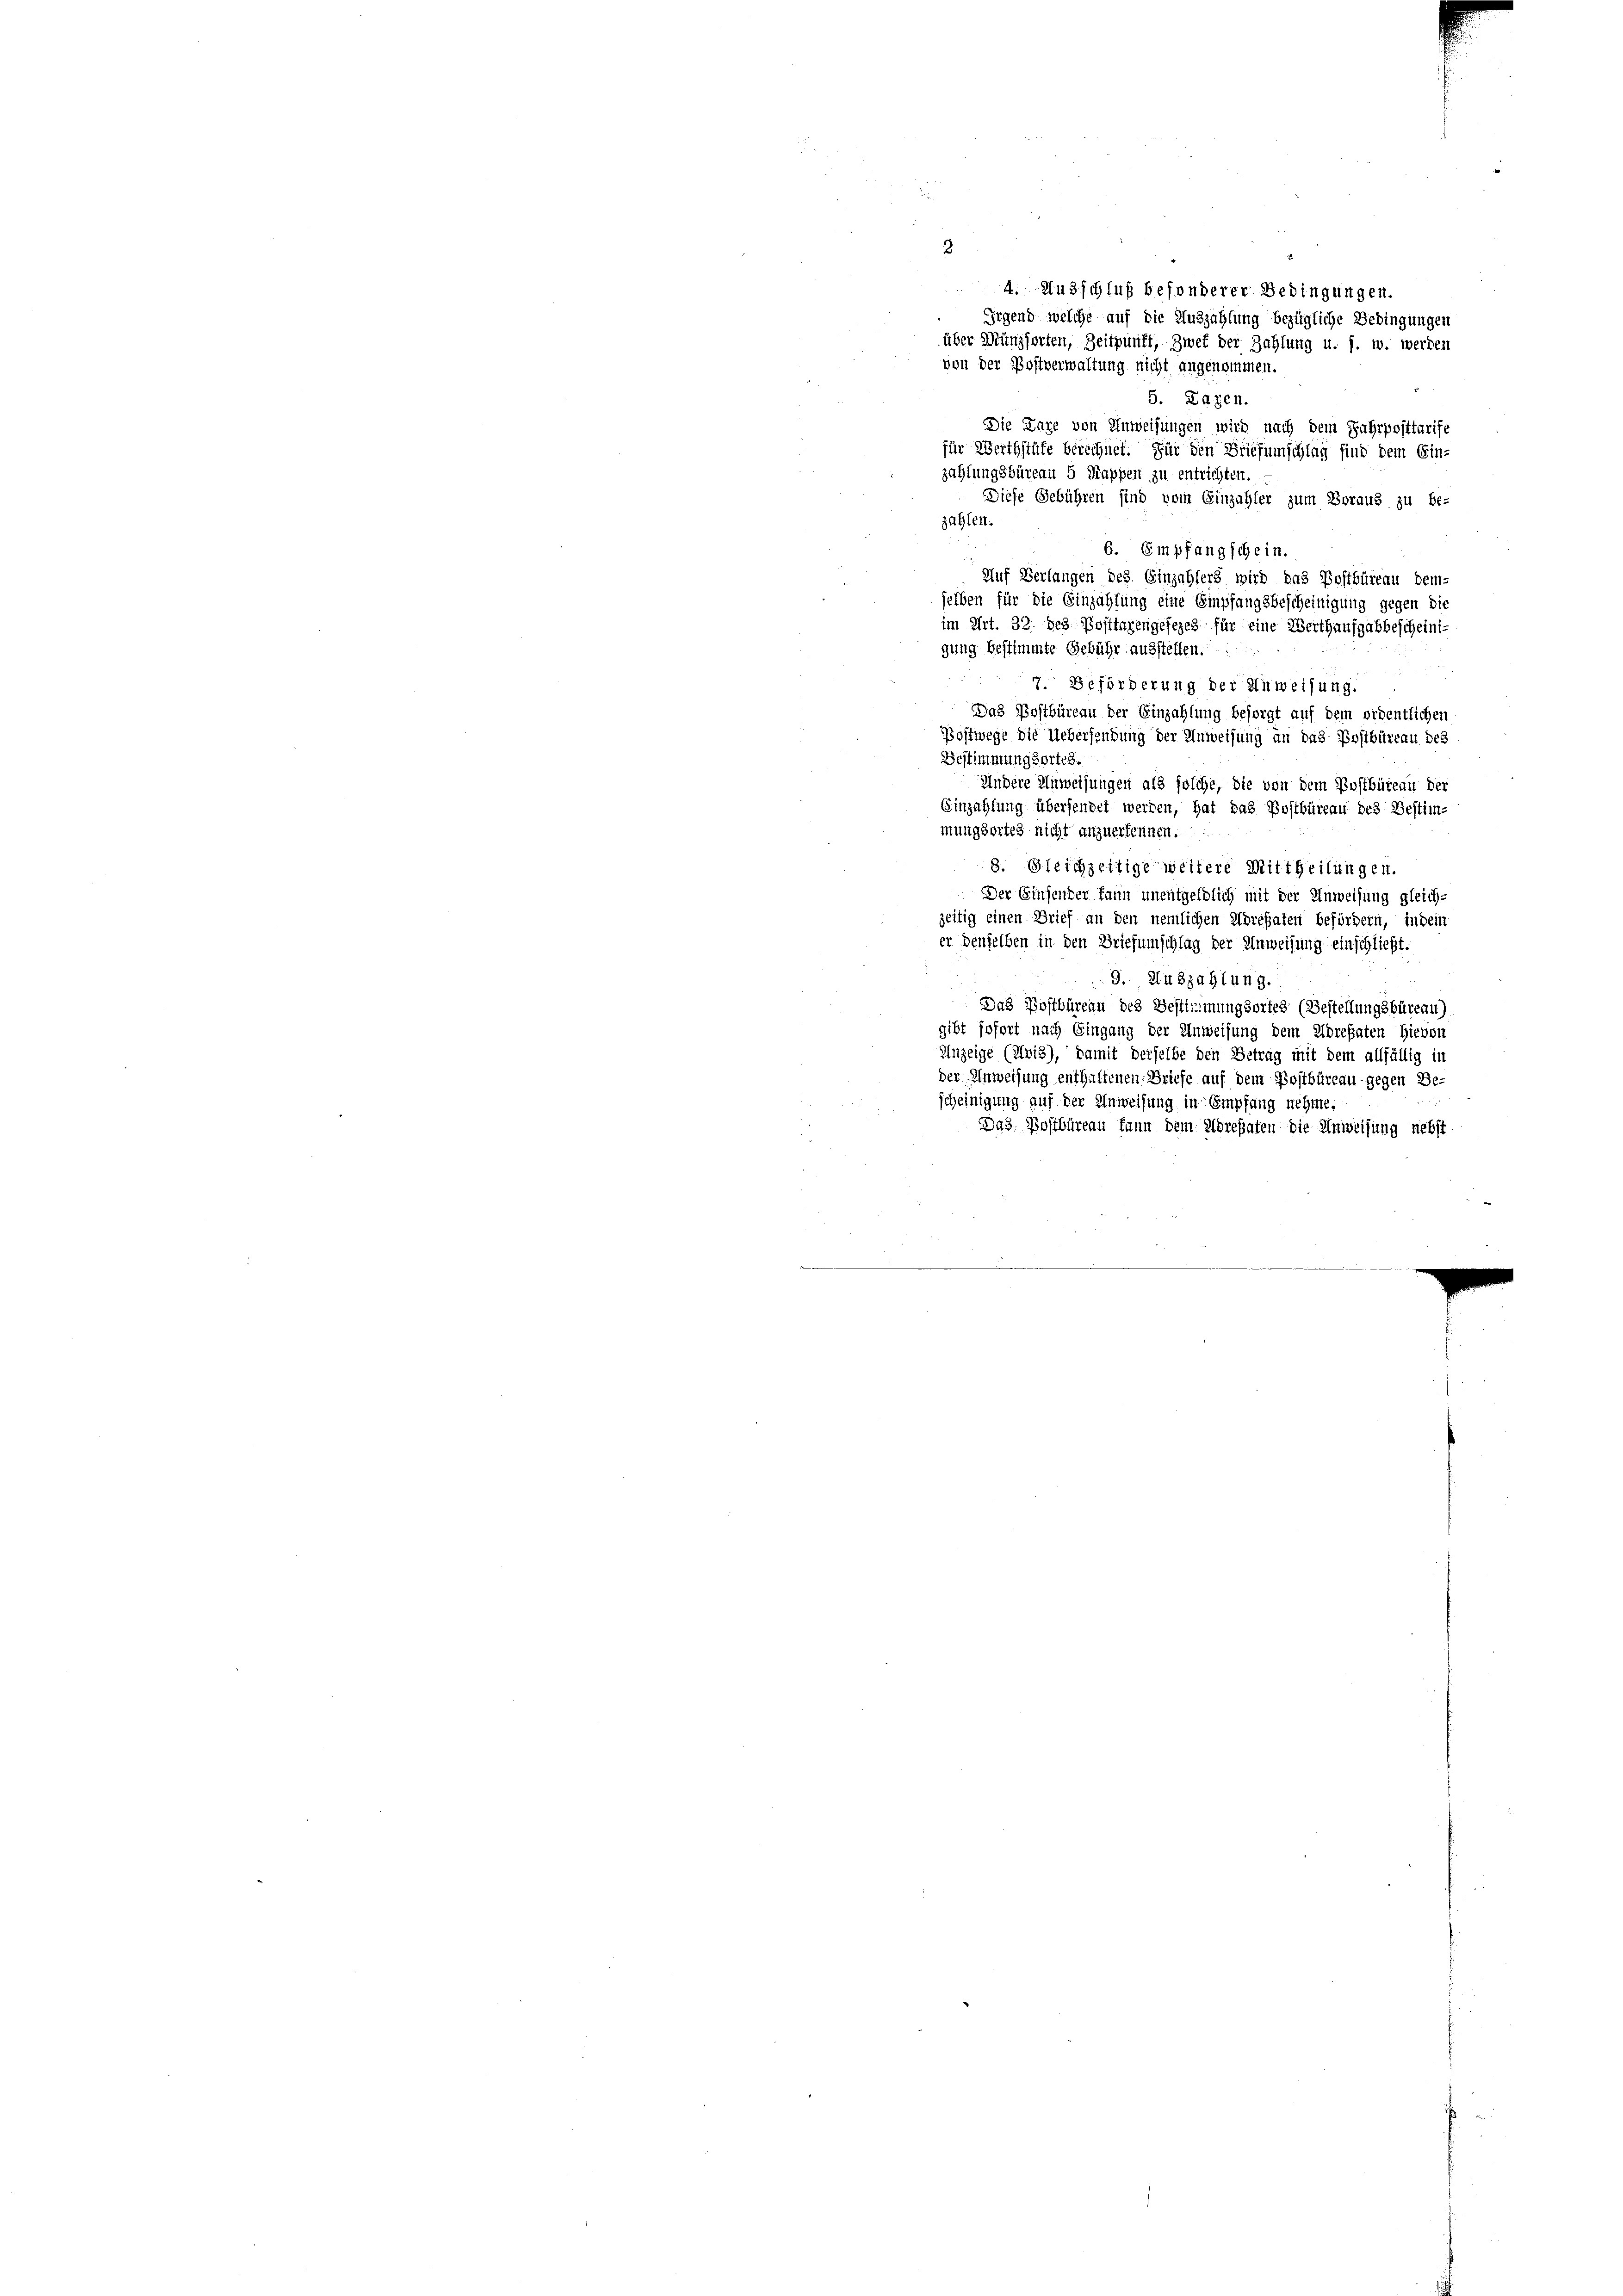
2

4. Ausschluß besonderer Bedingungen.
Irgend welche auf die Auszahlung bezügliche Bedingungen
über Münzsorten, Zeitpunft, Zwet der Zahlung u. s. w. werden
von der Postverwaltung nicht angenommen.
5. Lazen.
Die Lage von Anweisungen wird nach dem Jahrposttarife
für Werthstüfe berechnet. Für den Briefumschlag sind dem Ein-
zahlungsbüreau 5 Mappen zu entrichten.
Diese Gebühren sind vom Einzahler zum Voraus zu be-
zahlen.
6. Empfangschein.
Auf Verlangen des Einzahlers wird das Postbüreau dem-
selben für die Einzahlung eine Empfangsbescheinigung gegen die
im Art. 32. des Posttarengesezes für eine Werthaufgabbescheinigung bestimmte Gebühr ausstellen.
7. Beförderung der Anweisung.
Das Postbüreau der Einzahlung besorgt auf dem ordentlichen
Bostwege die Uebersendung der Anweisung an das Postbüreau des
Bestimmungsortes.
Andere Einweisungen als solche, die von dem Postbüreau der
Einzahlung übersendet werden, hat das Postbüreau des Bestim-
mungsortes nicht anzuerkennen.
8. Gleichzeitige weitere Mittheilungen.
Der Einsender kann unentgeldlich mit der Anweisung gleich-
zeitig einen Brief an den nemlichen Adrefaten befördern, indem
er denselben in den Briefumschlag der Anweisung einschließt.
9. Auszahlung.
Das Postbüreau des Bestimmungsortes (Bestellungsbüreau).
gibt sofort nach Eingang der Anweisung dem Adresaten hievon
Anzeige (Avis), damit derselbe den Betrag mit dem allfällig in
der Anweisung enthaltenen Briefe auf dem Postbüreau gegen Be-
scheinigung auf der Anweisung in Empfang nehme.
Das Postbüreau kann dem Morepaten die Anweisung nebst